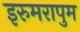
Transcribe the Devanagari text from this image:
इरुमरापुम